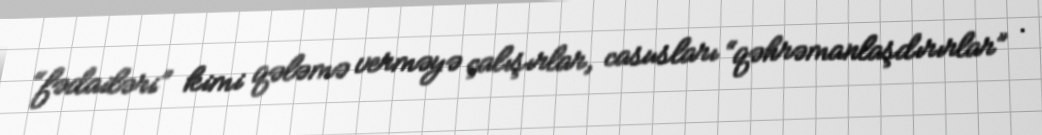
“fədailəri” kimi qələmə verməyə çalışırlar, casusları “qəhrəmanlaşdırırlar” .